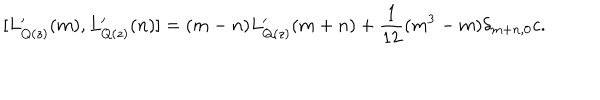
[ L _ { Q ( z ) } ^ { \prime } ( m ) , L _ { Q ( z ) } ^ { \prime } ( n ) ] = ( m - n ) L _ { Q ( z ) } ^ { \prime } ( m + n ) + { \displaystyle \frac { 1 } { 1 2 } } ( m ^ { 3 } - m ) \delta _ { m + n , 0 } c .